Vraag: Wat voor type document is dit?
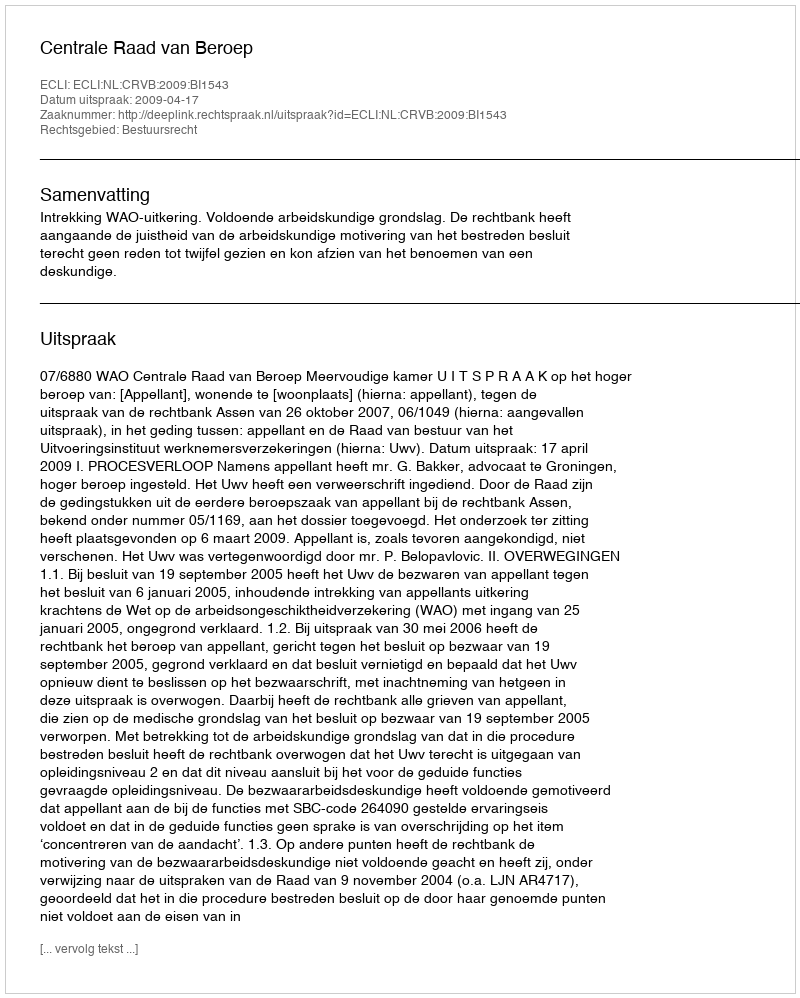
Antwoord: Uitspraak